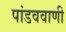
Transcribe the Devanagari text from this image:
पांडववाणी